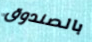
بالصندوق